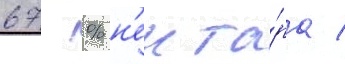
67 % н'екта́ра /